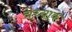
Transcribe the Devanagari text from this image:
त्रेच्याक